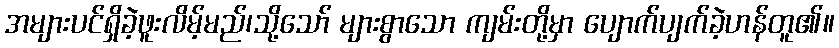
အများပင်ရှိခဲ့ဖူးလိမ့်မည်၊သို့သော် များစွာသော ကျမ်းတို့မှာ ပျောက်ပျက်ခဲ့ဟန်တူ၏။